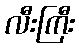
လီးကြီး